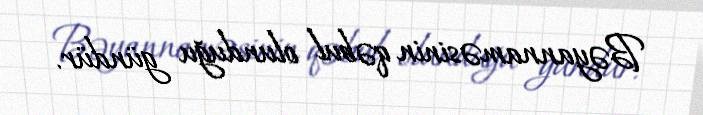
Bəyannaməsinin qəbul olunduğu gündür.